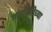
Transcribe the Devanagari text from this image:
गांधीजीच्या